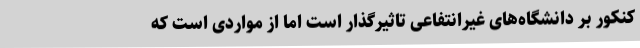
کنکور بر دانشگاه‌های غیرانتفاعی تاثیرگذار است اما از مواردی است که